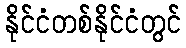
နိုင်ငံတစ်နိုင်ငံတွင်